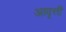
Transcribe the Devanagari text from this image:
अावृत्ती